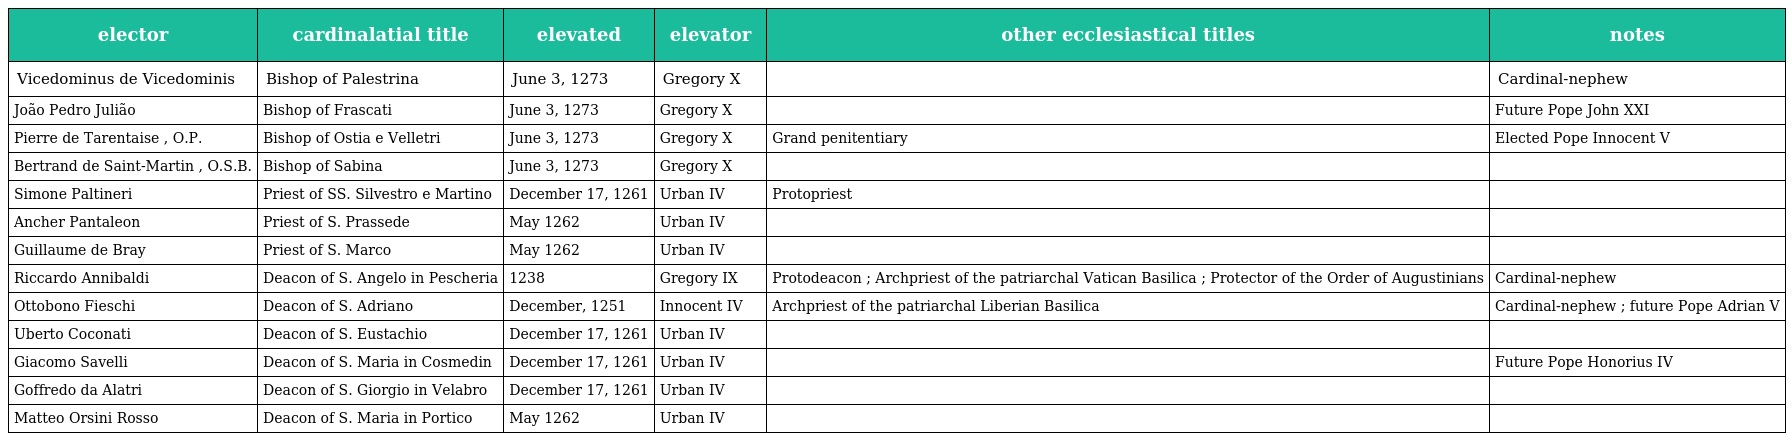
| elector | cardinalatial title | elevated | elevator | other ecclesiastical titles | notes |
 | --- | --- | --- | --- | --- | --- |
 | Vicedominus de Vicedominis | Bishop of Palestrina | June 3, 1273 | Gregory X |  | Cardinal-nephew |
 | João Pedro Julião | Bishop of Frascati | June 3, 1273 | Gregory X |  | Future Pope John XXI |
 | Pierre de Tarentaise , O.P. | Bishop of Ostia e Velletri | June 3, 1273 | Gregory X | Grand penitentiary | Elected Pope Innocent V |
 | Bertrand de Saint-Martin , O.S.B. | Bishop of Sabina | June 3, 1273 | Gregory X |  |  |
 | Simone Paltineri | Priest of SS. Silvestro e Martino | December 17, 1261 | Urban IV | Protopriest |  |
 | Ancher Pantaleon | Priest of S. Prassede | May 1262 | Urban IV |  |  |
 | Guillaume de Bray | Priest of S. Marco | May 1262 | Urban IV |  |  |
 | Riccardo Annibaldi | Deacon of S. Angelo in Pescheria | 1238 | Gregory IX | Protodeacon ; Archpriest of the patriarchal Vatican Basilica ; Protector of the Order of Augustinians | Cardinal-nephew |
 | Ottobono Fieschi | Deacon of S. Adriano | December, 1251 | Innocent IV | Archpriest of the patriarchal Liberian Basilica | Cardinal-nephew ; future Pope Adrian V |
 | Uberto Coconati | Deacon of S. Eustachio | December 17, 1261 | Urban IV |  |  |
 | Giacomo Savelli | Deacon of S. Maria in Cosmedin | December 17, 1261 | Urban IV |  | Future Pope Honorius IV |
 | Goffredo da Alatri | Deacon of S. Giorgio in Velabro | December 17, 1261 | Urban IV |  |  |
 | Matteo Orsini Rosso | Deacon of S. Maria in Portico | May 1262 | Urban IV |  |  |